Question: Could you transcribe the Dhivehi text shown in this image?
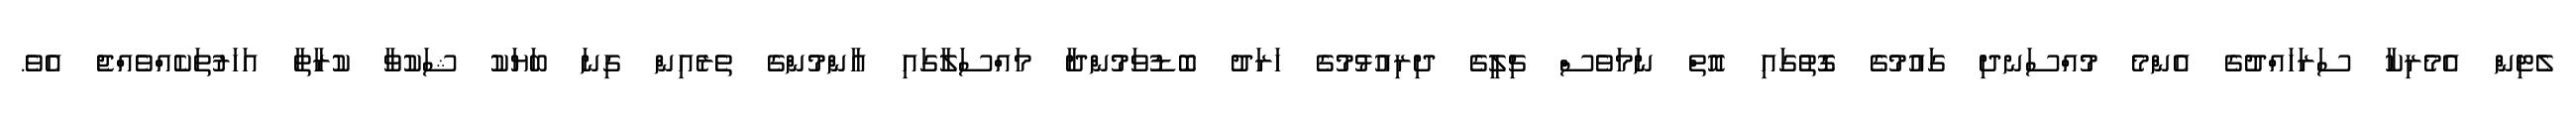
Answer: ލެޓިން އެމެރިކާ ސަރަހައްދުގެ އެންމެ މުއްސަނދި ގައުމުގެ ގޮތުގައި އޮތް ނަމަވެސް ޗިލީގެ ދިރިއުޅުމުގެ ހަރަދު ބޮޑުވަމުންދާ މައްސަލާގައި އާންމުންގެ ތެރެއިން ގިނަ ބަޔަކު ޝަކުވާ ކުރާތާ އަހަރުތަކެއްވެއްޖެ އެވެ.